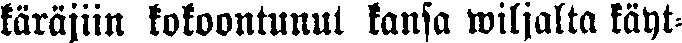
käräjiin kokoontunut kansa wiljalla käyt-